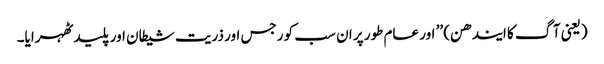
(یعنی آگ کا ایندھن) ’’ اور عام طور پر ان سب کو رجس اور ذریت شیطان اور پلید ٹھہرایا۔